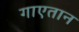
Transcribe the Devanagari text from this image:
गाएतान